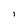
Character: I